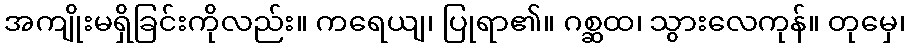
အကျိုးမရှိခြင်းကိုလည်း။ ကရေယျ၊ ပြုရာ၏။ ဂစ္ဆထ၊ သွားလေကုန်။ တုမှေ၊